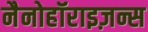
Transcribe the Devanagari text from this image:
नैनोहॉराइज़न्स